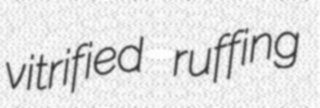
vitrified ruffing